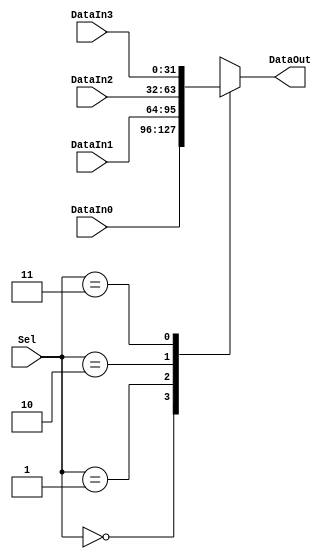
`timescale 1ns / 1ps
//////////////////////////////////////////////////////////////////////////////////
// Company: 
// Engineer: 
// 
// Design Name: 
// Module Name: Mux_4to1
// Project Name: 
// Target Devices: 
// Tool Versions: 
// Description: 
// 
// Dependencies: 
// 
// Revision:
// Revision 0.01 - File Created
// Additional Comments:
// 
// Sel:  00==> DataIn0
// Sel:  01==> DataIn1
// Sel:  10==> DataIn2
// Sel:  11==> DataIn3
// Sel:  default==> DataIn0
//////////////////////////////////////////////////////////////////////////////////

module Mux_4to1_Nbit(DataIn0, DataIn1, DataIn2, DataIn3, Sel, DataOut);
    parameter N = 32;
   
    input[N-1:0] DataIn0;
    input[N-1:0] DataIn1;
    input[N-1:0] DataIn2;
    input[N-1:0] DataIn3;
    input [1:0] Sel;
    output reg [N-1:0] DataOut;
    always @ (DataIn0, DataIn1, DataIn2, DataIn3, Sel)
       begin
          case(Sel)
             0: DataOut = DataIn0;
             1: DataOut = DataIn1;
             2: DataOut = DataIn2;
             3: DataOut = DataIn3;
             default: DataOut = DataIn0;
          endcase
       end
endmodule